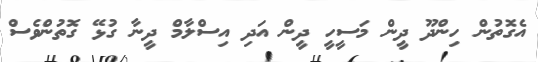
އެގޮތުން ހިންދޫ ދީން މަސީހީ ދީން އަދި އިސްލާމް ދީނާ ގުޅޭ ގޮތުންވެސް